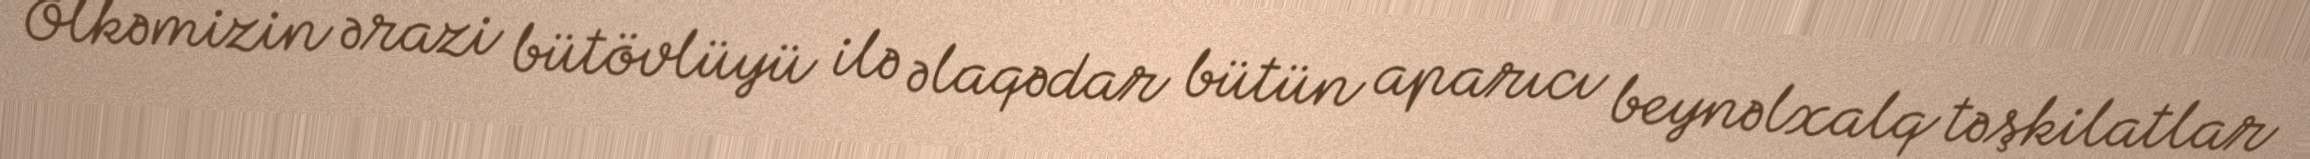
Ölkəmizin ərazi bütövlüyü ilə əlaqədar bütün aparıcı beynəlxalq təşkilatlar